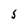
Character: S